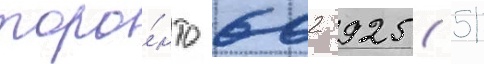
торо́нто 602 925 (51